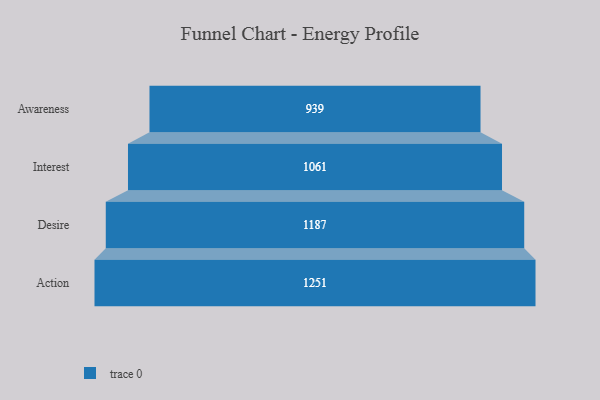
{"axis": {"x": "Stage", "y": "Value"}, "legend": [""], "data": [{"x": "Awareness", "y": 939.0, "type": ""}, {"x": "Interest", "y": 1061.0, "type": ""}, {"x": "Desire", "y": 1187.0, "type": ""}, {"x": "Action", "y": 1251.0, "type": ""}]}